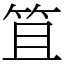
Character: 笡